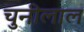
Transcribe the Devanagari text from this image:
चुनीलाल